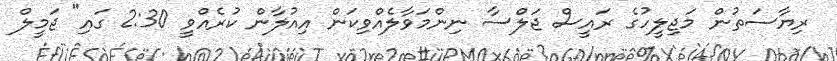
ރިޔާސަތުން މަޖިލީހުގެ ރައީސް ޖަލްސާ ނިންމަވާލެއްވިކަން އިއުލާން ކުރެއްވީ 2:30 ގައި" ޖަމީލް